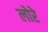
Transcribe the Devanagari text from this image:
लोरे